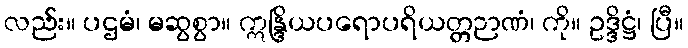
လည်း။ ပဌမံ၊ မဆွစွာ။ ဣန္ဒြိယပရောပရိယတ္တဉာဏံ၊ ကို။ ဥဒ္ဒိဋ္ဌံ၊ ပြီ။